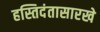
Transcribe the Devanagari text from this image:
हस्तिदंतासारखे